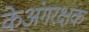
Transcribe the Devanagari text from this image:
केअंगरक्षक